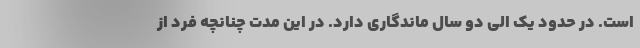
است. در حدود یک الی دو سال ماندگاری دارد. در این مدت چنانچه فرد از